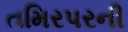
તમિરપરની